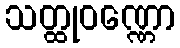
သတ္ထုဝဏ္ဏော